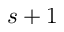
s + 1